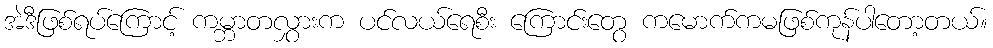
အဲဒီဖြစ်ရပ်ကြောင့် ကမ္ဘာတလွှားက ပင်လယ်ရေစီး ကြောင်းတွေ ကမောက်ကမဖြစ်ကုန်ပါတော့တယ်။